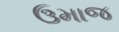
ઉમાજ